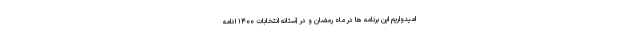
امیدواریم این برنامه ها در ماه رمضان و در آستانه انتخابات ۱۴۰۰ ادامه